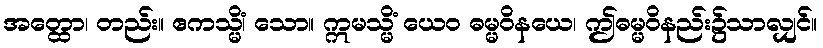
အတ္ထော၊ တည်း။ ဧကသ္မိံ၊ သော။ ဣမသ္မိံ ယေဝ ဓမ္မဝိနယေ၊ ဤဓမ္မဝိနည်း၌သာလျှင်။